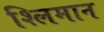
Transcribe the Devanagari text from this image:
श्लिमान